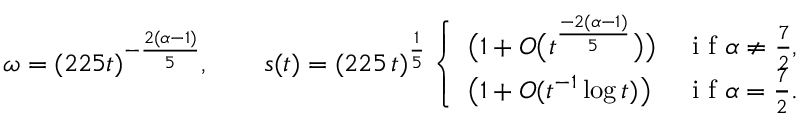
\omega = ( 2 2 5 t ) ^ { - \frac { 2 ( \alpha - 1 ) } { 5 } } , \qquad s ( t ) = ( 2 2 5 \, t ) ^ { \frac 1 5 } \left\{ \begin{array} { l l } { \big ( 1 + O \big ( t ^ { \frac { - 2 ( \alpha - 1 ) } { 5 } } \big ) \big ) } & { \mathrm { ~ i ~ f ~ } \alpha \ne \frac 7 2 , } \\ { \big ( 1 + O ( t ^ { - 1 } \log t ) \big ) } & { \mathrm { ~ i ~ f ~ } \alpha = \frac 7 2 . } \end{array} \right.